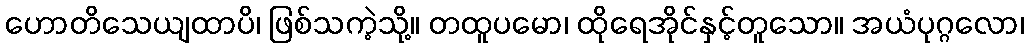
ဟောတိသေယျထာပိ၊ ဖြစ်သကဲ့သို့။ တထူပမော၊ ထိုရေအိုင်နှင့်တူသော။ အယံပုဂ္ဂလော၊